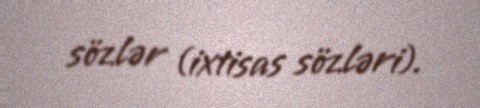
sözlər (ixtisas sözləri).